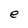
Character: e